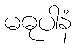
မဓုပါနံ